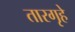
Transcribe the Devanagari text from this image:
तारगृहे